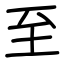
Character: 至